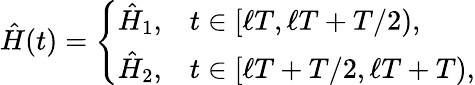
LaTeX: \hat{H}(t)=\left\{ \begin{array}{ll}{\hat{H}_{1},}&{t\in[\ell T,\ell T+T/2),}\\ {\hat{H}_{2},}&{t\in[\ell T+T/2,\ell T+T),}\end{array}\right.